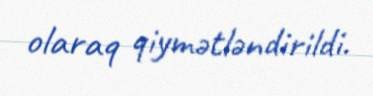
olaraq qiymətləndirildi.